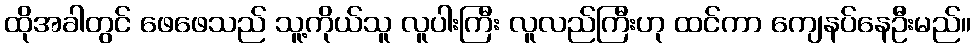
ထိုအခါတွင် ဖေဖေသည် သူ့ကိုယ်သူ လူပါးကြီး လူလည်ကြီးဟု ထင်ကာ ကျေနပ်နေဦးမည်။